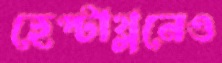
হেপ্টাথ্লনেও